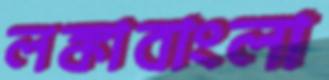
লঙ্কাবাংলা